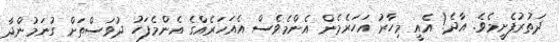
ދަތުރުފެށީމެވެ. އާދެ! އެއީ މިހާރު އަހަރެމެން އެންމެވެސް އެއަހަރެއްގެ އެންމެފަހު ދުވަސްތަށް ގުނަމުންދާ